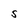
Character: S